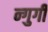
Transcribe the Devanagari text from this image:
न्गुगी